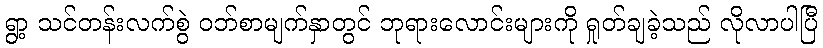
ရွာ့ သင်တန်းလက်စွဲ ဝဘ်စာမျက်နှာတွင် ဘုရားလောင်းများကို ရှုတ်ချခဲ့သည် လိုလာပါပြီ